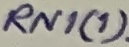
Text: RN1(1)